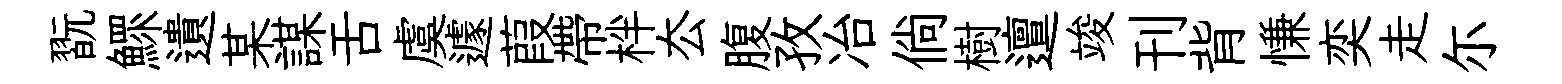
翫鰥遺某謀舌虞遽葭帶柈厺腹孜冶倘樹邅竣刊背慊奕走尓